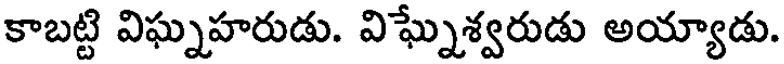
కాబట్టి విఘ్నహరుడు. విఘ్నేశ్వరుడు అయ్యాడు.